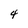
Character: 4